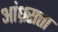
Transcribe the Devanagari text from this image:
आंध्रसत्ता